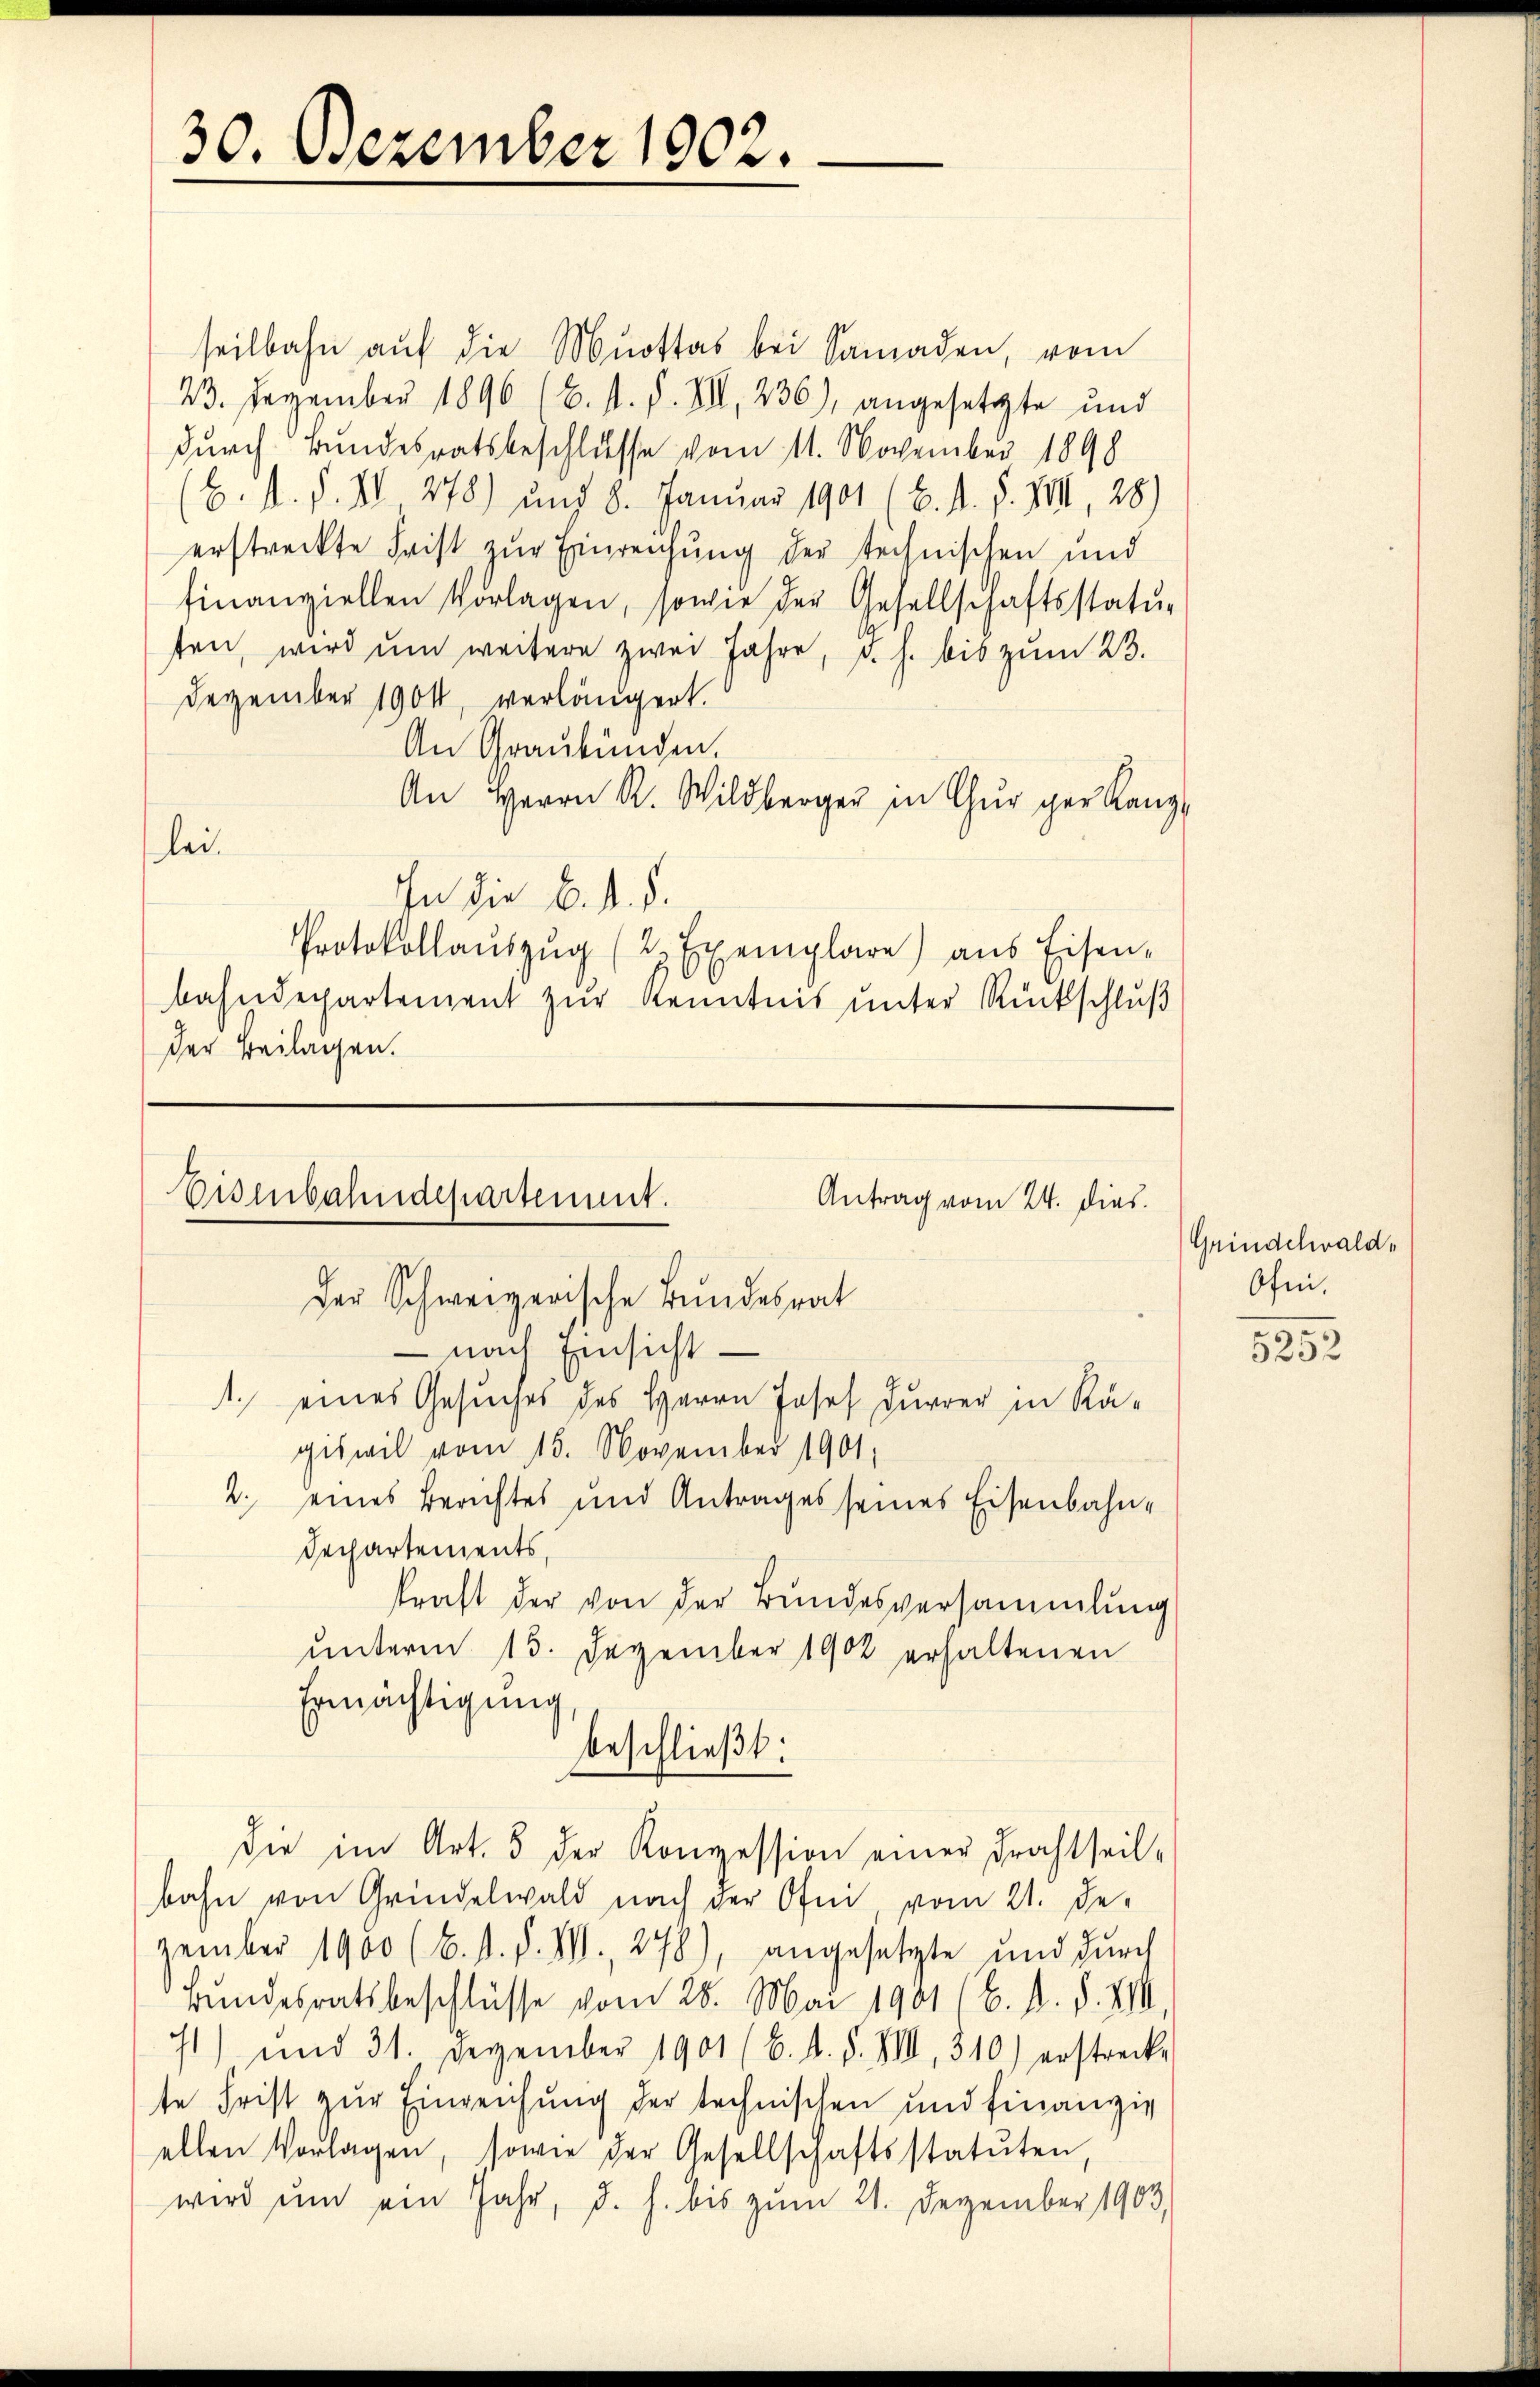
30. Dezember 1902.

seilbahn aŭf die Mottas bei Samaden, vom
23. Dezember 1896 (C. st. F. VII 236), angesetzte und
durch Bundesratsbeschlusse vom 11. November 1898
(H. d. d. VI 278) und 8. Januar 1901 (B. d. d. VIII, 28)
erstreckte Frist zŭr Einreichung der technischen und
finanziellen Vorlagen, sowie der Gesellschaftsstatu-
ten, wird ŭm weitere zwei Jahre, d. h. bis zŭm 23.
Dezember 1900, verlängert.
An Graubünden.
An Herrn R. Wildberger in Chur ger Kanz
lei.
In die 6. d. d.
Protokollaŭszŭg (2. Exemplare) aus Eisen-
bahndepartement zŭr Kenntnis unter Rückschlŭβ
Der Beilagen.

giswil vom 15. November 1901.
2. eines Berichtes und Antrages seines Eisenbahn-
Dechartements,
kraft der von der Bundesversammlung
unterm 15. Dezember 1902 erhaltenen
Ermächtigung
beschließt:
die im Art. 5 der Konzession einer Frachtheil-
bahn von Gründelwald nach der Ofen, vom 21. De-
zember 1900 (6. s. f. II., 278), angesetzte und durch
Bundesratsbeschlüsse vom 28. Mai 1901 (6. d. d. XIII
1) und 31. Dezember 1901 (6. d. d. VIII 310) erstrecke
te Frist zur Einreichung der technischen und finanzig
ellen Vorlagen, sowie der Gesellschaftsstatuten,
wird ŭm ein Jahr, d. h. bis zŭm 21. Dezember 1903.

Eisenbahndepartement.
Der Schweizerische Bundesrat
 nach Einsicht
1. eines Gesuches des Herrn Josef Furrer in Rä-

Antrag vom 24. dies

Grindelwald,
Ofei.

5252